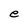
Character: e